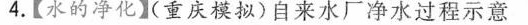
4.【水的净化】(重庆模拟)自来水厂净水过程示意